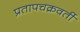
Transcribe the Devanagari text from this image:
प्रतापचक्रवर्ती